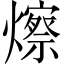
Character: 𪹾